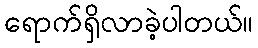
ရောက်ရှိလာခဲ့ပါတယ်။